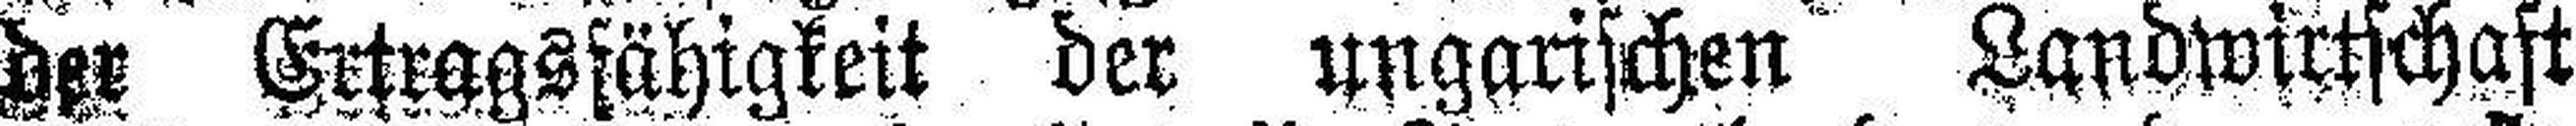
der Ertragsfähigkeit der ungarischen Landwirtschaft